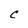
Character: C